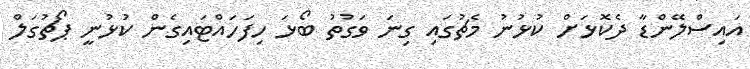
އައިސްލޭންޑާ ދެކޮޅަށް ކުޅުނު މެޗުގައި ގިނަ ވަގުތު ބޯޅަ ހިފަހައްޓައިގެން ކުޅުނީ ޕޯޗުގަލް